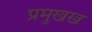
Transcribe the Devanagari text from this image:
प्रमुखख